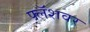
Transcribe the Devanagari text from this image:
फ्लॅशवर